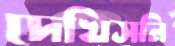
দেখিসনি